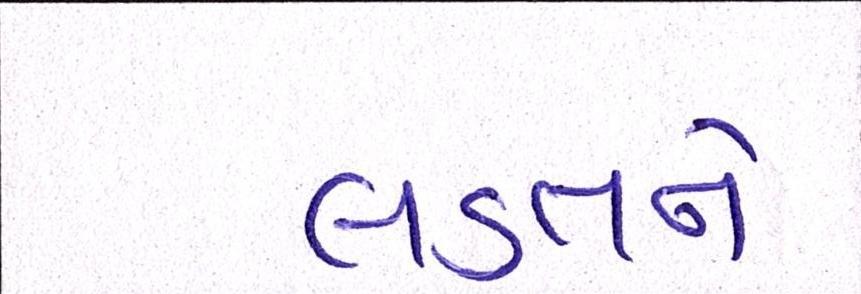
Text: લડતને